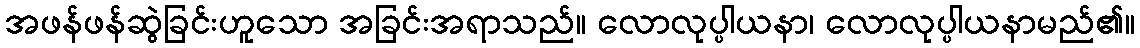
အဖန်ဖန်ဆွဲခြင်းဟူသော အခြင်းအရာသည်။ လောလုပ္ပါယနာ၊ လောလုပ္ပါယနာမည်၏။